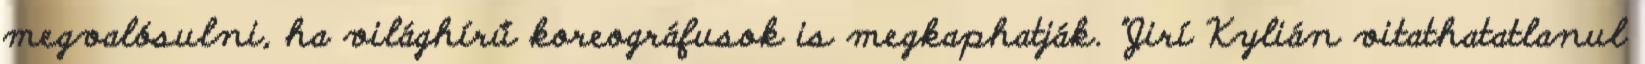
megvalósulni, ha világhírű koreográfusok is megkaphatják. "Jirí Kylián vitathatatlanul